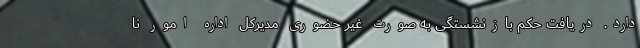
دارد. دریافت حکم بازنشستگی به صورت غیر حضوری مدیرکل اداره امور نا